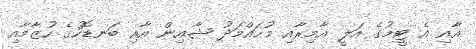
އާއި އެ ޓީމުގެ އަލީ އާމިރާއި މުހައްމަދު ޝާއިން އާއި ބަނޑޮހުގެ ހުޒާމާއި